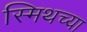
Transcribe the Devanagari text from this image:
स्मिथच्या